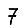
Digit: 7